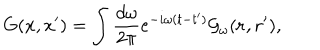
G ( x , x ^ { \prime } ) = \int { \frac { d \omega } { 2 \pi } } e ^ { - i \omega ( t - t ^ { \prime } ) } { \cal G } _ { \omega } ( { \bf r , r ^ { \prime } } ) ,